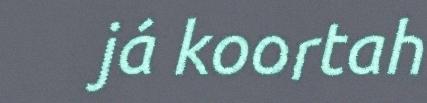
já koortah